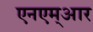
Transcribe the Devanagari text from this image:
एनएम्आर